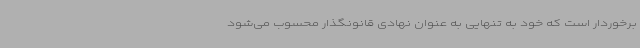
برخوردار است که خود به تنهایی به عنوان نهادی قانونگذار محسوب می‌شود